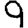
Digit: 9